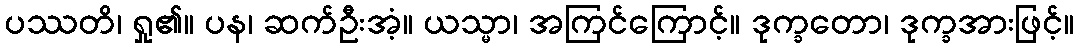
ပဿတိ၊ ရှု၏။ ပန၊ ဆက်ဦးအံ့။ ယသ္မာ၊ အကြင်ကြောင့်။ ဒုက္ခတော၊ ဒုက္ခအားဖြင့်။